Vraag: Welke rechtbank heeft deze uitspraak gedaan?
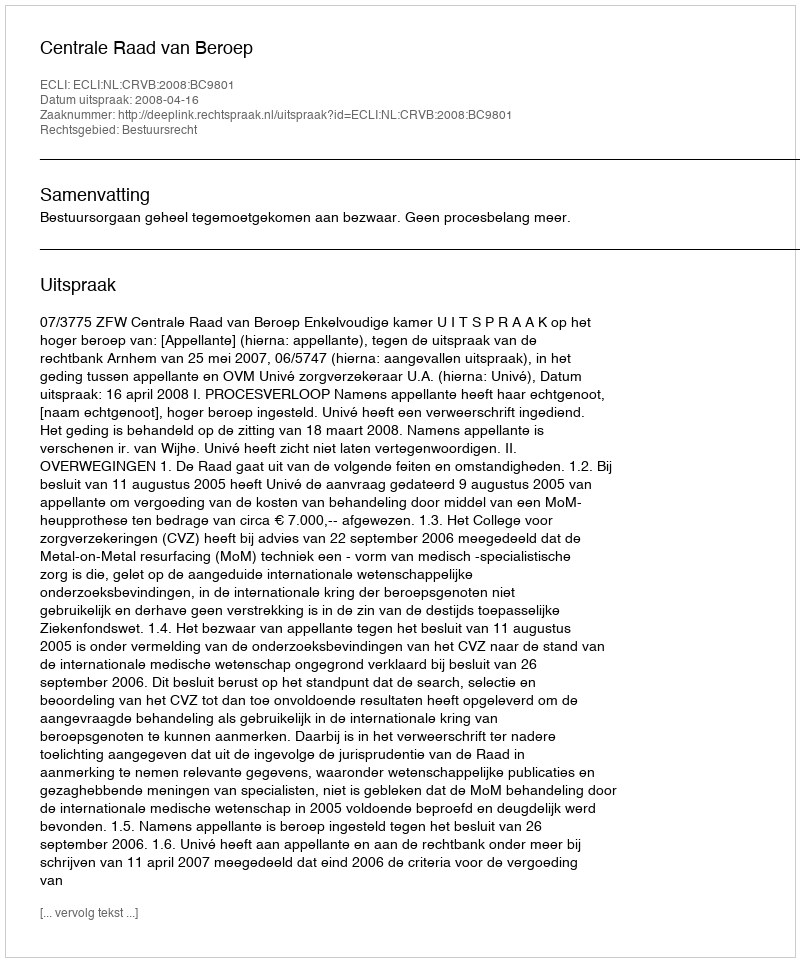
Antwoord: Centrale Raad van Beroep